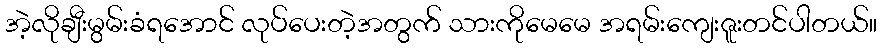
အဲ့လိုချီးမွမ်းခံရအောင် လုပ်ပေးတဲ့အတွက် သားကိုမေမေ အရမ်းကျေးဇူးတင်ပါတယ်။